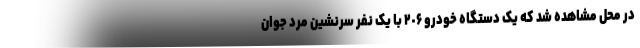
در محل مشاهده شد که یک دستگاه خودرو ٢٠۶ با یک نفر سرنشین مرد جوان